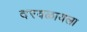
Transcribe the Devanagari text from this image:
दरवळायला